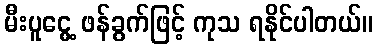
မီးပူငွေ့ ဖန်ခွက်ဖြင့် ကုသ ရနိုင်ပါတယ်။